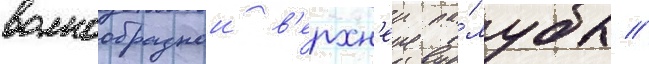
волнообразнои в'ерхн'еи па́лубы //